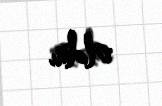
oldu.